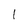
Character: l